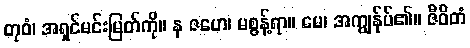
တုဝံ၊ အရှင်မင်းမြတ်ကို။ န ဇဟေ၊ မစွန့်ရာ။ မေ၊ အကျွန်ုပ်၏။ ဇီဝိတံ